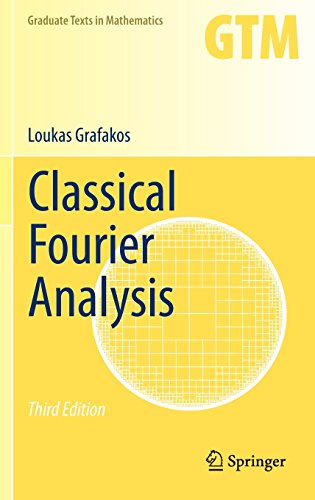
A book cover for Classical Fourier Analysis (Graduate Texts in Mathematics); Loukas Grafakos; Science & Math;